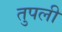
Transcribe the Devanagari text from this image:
तुपली